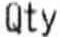
QTY